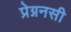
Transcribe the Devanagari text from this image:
प्रेग्ननसी